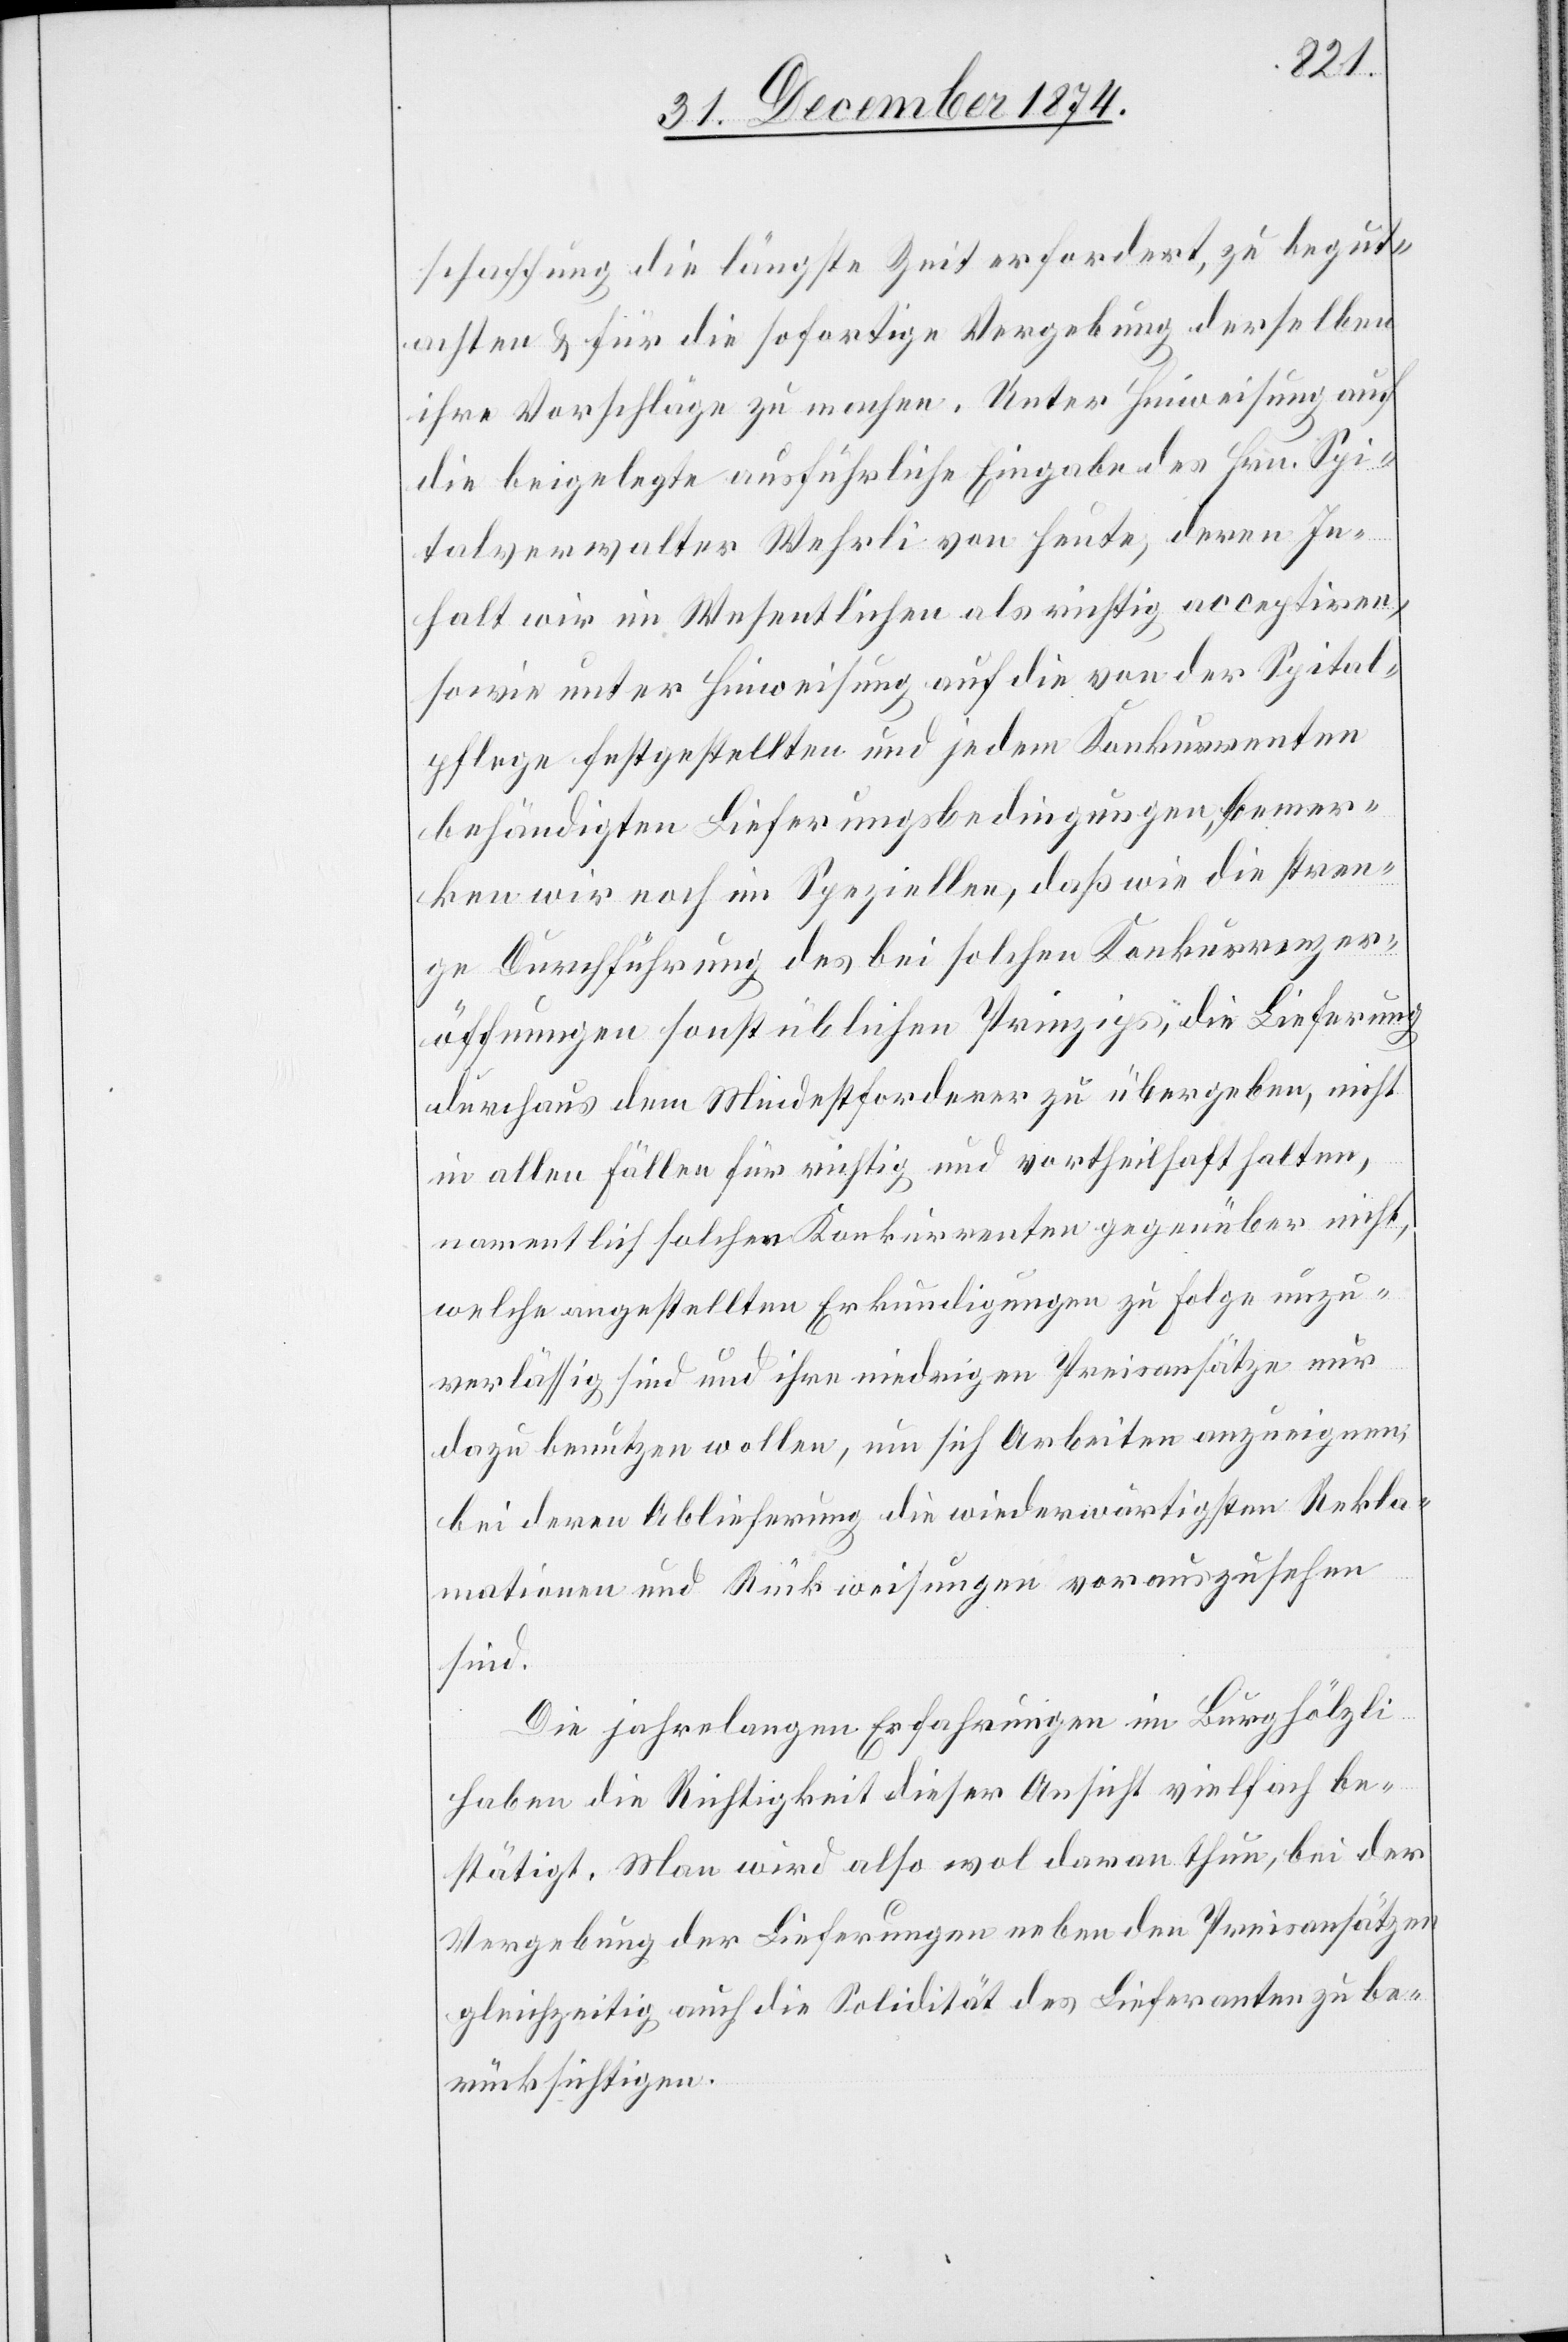
schaffung die längste Zeit erfordert, zu begut¬
achten & hiefür die sofortige Vergebung derselben
ihre Vorschläge zu machen. Unter Hinweisung auf
die beigelegte ausführliche Eingabe des Hrn. Spi¬
talverwalter Wehrli von heute, deren In¬
halt wir im Wesentlichen als richtig acceptiren,
sowie unter Hinweisung auf die von der Spital¬
pflege festgestellten und jedem Konkurrenten
behändigten Lieferungsbedingungen, bemer¬
ken wir noch im Speziellen, daß wie die stren¬
ge Durchführung des bei solchen Konkurrenzer¬
öffnungen sonst üblichen Prinzips, die Lieferung
durchaus dem Mindestforderer zu übergeben, nicht
in allen Fällen für richtig und vortheilhaft halten,
namentlich solchen Konkurrenten gegenüber nicht,
welche angestellten Erkundigungen zu Folge unzu¬
verlässig sind und ihre niedrigen Preisansätze nur
dazu benutzen wollen, um sich Arbeiten anzueignen,
bei deren Ablieferung die wiederwärtigsten Rekla¬
mationen und Rückweisungen vorauszusehen
sind.
Die jahrelangen Erfahrungen im Burghölzli
haben die Richtigkeit dieser Ansicht vielfach be¬
stätigt. Man wird also wol daran thun, bei der
Vergebung der Lieferungen neben den Preisansätzen
gleichzeitig auch die Solidität des Lieferanten zu be¬
rücksichtigen.